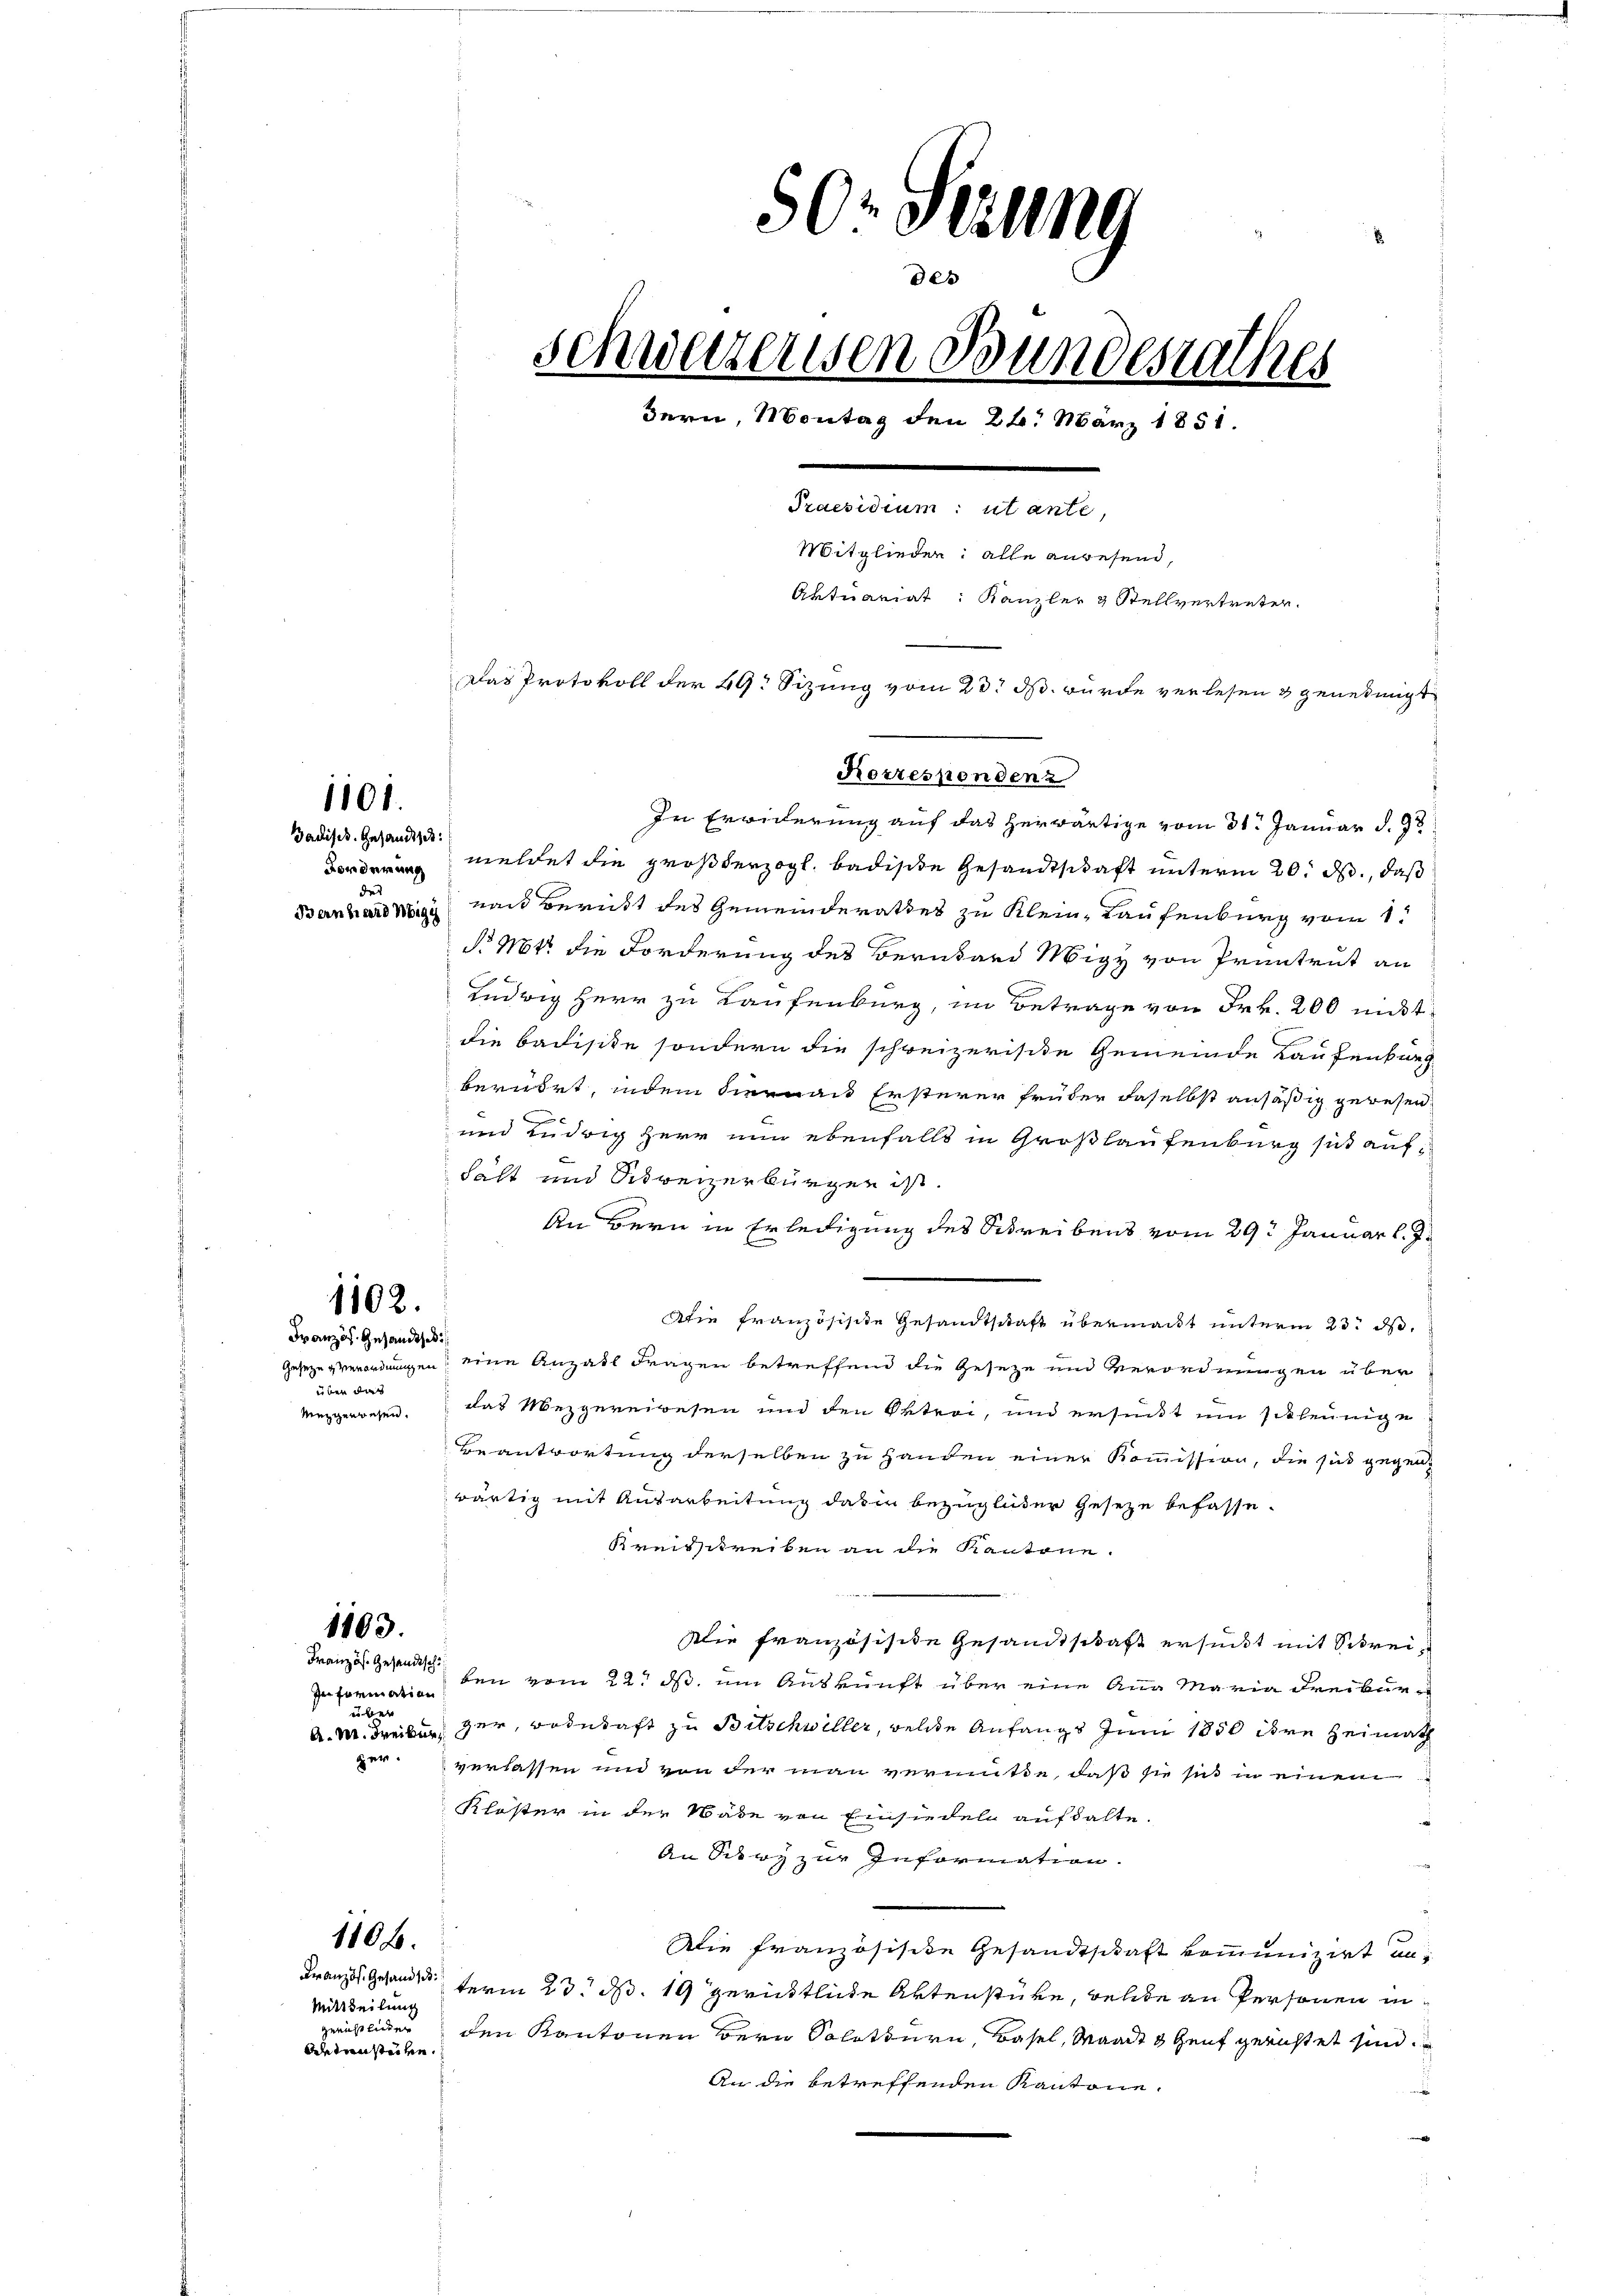
1101.

Jadisch. Gesandtsch
Forderung
des
Bernhard Wigg

In Erwiderung auf das herwärtige vom 31. Januar d. J
meldet die großherzogl. badische Gesandtschaft unterm 20. ds., daß
nach Beruht des Gemeinderathes zu Klein, Laufenburg vom 1.
§ 18 die Forderung des Bernhard Migy von Pruntrut an
Ludwig Herr zu Kaufenburg, im Betrage von Frk. 200 nicht
die Badisite sondern die schweizerische Gemeinde Laufenburg
berührt, indem Sienas Ersterer früher daselbst ansäßig gewesen,
und Ludwig Herr nun ebenfalls in Großlaufenburg sit aufhält und Schweizerbürger ist.
An Bern in Erledigung des Schreibens vom 29t Januar l. J.
Die französische Gesandtschaft übermacht unterm 23. ds.
Gesetze verordnungen, eine Anzahl Fragen betreffend die Geseze und Verordnungen über
Mezgerwesen. Das Mezgereiwesen und den Betrei, und ersundt um schleunige
Beantwortung derselben zu Handen einer Kommission, die sie gegenwärtig mit Ausarbeitung das in bezüglicher Geseze befasse.
Kreisschreiben an die Kantone.
1103.
Die Französische Gesandtschaft ersucht mit Schrei¬
Französ. Geben vom 22. ds. um Auskunft über eine Aug Maria Freibur¬
In Formation
e
A. M. Freiburg her, Bodetaft zu Betschwiller, welche Anfangs Juni 1850 dere Heimath
Her
verlassen und von der man vermitte, daß sie sich in einem
Klöster in der Wade von Einsiedeln aufhalte.
An Stry zur Information.
110.
Die französische Gesandtschaft kommunizirt un¬
Franz. Gesandterm 23. d. 19 gerichtliche Aktenstüre, welche an Personen in
Mittheilung
gerichtlicher den Kantonen Bern Solothurn, Basel, Waadt & Genf gerichtet sind.
aesenstechen.
An die betreffenden Kantone.

1102.
Französ. Gesandtsch

über dies

50. Gesung
0er
schweizerissen Bundesrathes
Bern, Montag den 24. März 1851.
Praesidium: utante,
Mitglieder: alle anwesend,
Aktuariat: Kanzler & Stellvertreten.
Das Protokoll der 49. Sizung vom 23. ds. wurde verlesen & genehmigt

Korrespondenz